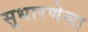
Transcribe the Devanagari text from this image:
सुधारणेला